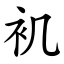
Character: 䘛